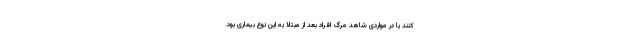
کنند یا در مواردی شاهد مرگ افراد بعد از مبتلا به این نوع بیماری بود.